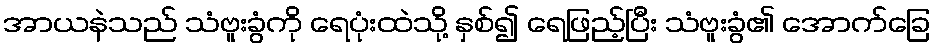
အာယနဲသည် သံဗူးခွံကို ရေပုံးထဲသို့ နှစ်၍ ရေဖြည့်ပြီး သံဗူးခွံ၏ အောက်ခြေ